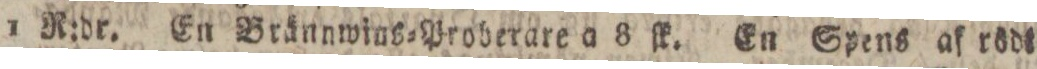
1 R:dr. En Brännwins=Proberare a 8 ſk. En Spens af rödt